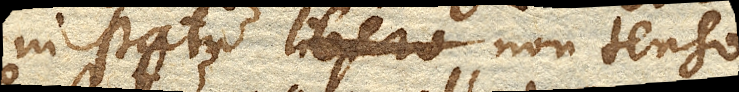
in statu libero non tenso nunc